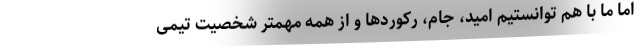
اما ما با هم توانستیم امید، جام، رکوردها و از همه مهمتر شخصیت تیمی